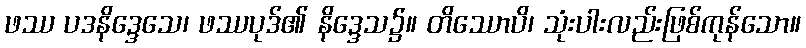
ဖဿ ပဒနိဒ္ဒေသေ၊ ဖဿပုဒ်၏ နိဒ္ဒေသ၌။ တိဿောပိ၊ သုံးပါးလည်းဖြစ်ကုန်သော။